Bombay plague: being a history of the progress of plague in the Bombay presidency from September 1896 to June 1899
Year: 1896
Disease focus: Plague
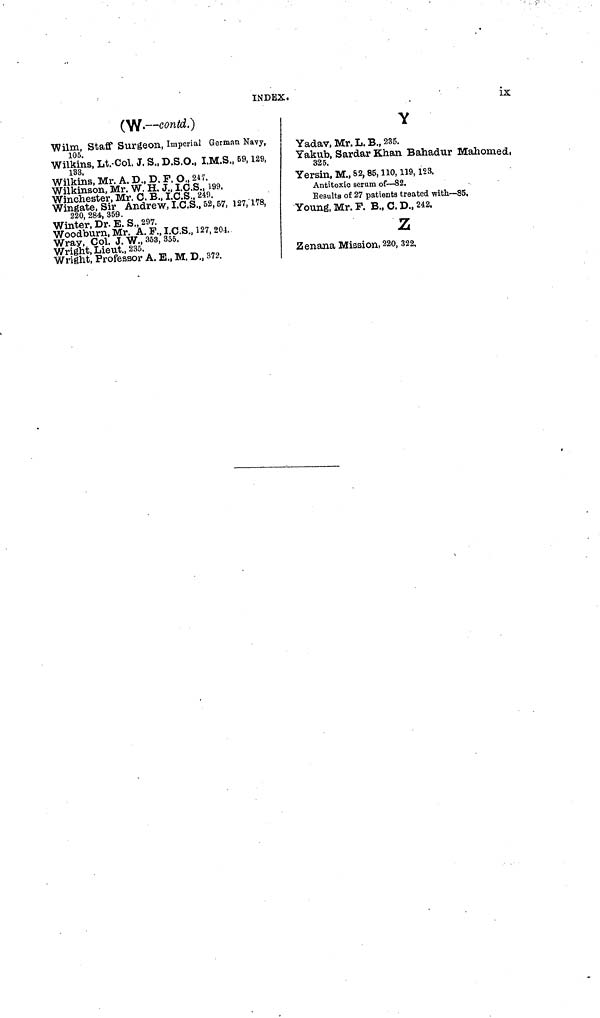
INDEX.
ix
(W.—contd.)
Wilm, Staff Surgeon, Imperial German Navy,
105.
Wilkins, Lt. Col. J. S., D.S.O., I.M.S., 59, 129,
133,
Wilkins, Mr. A. D., D. F. O., 247.
Wilkinson, Mr. W. H. J., I.C.S., 199.
Winchester, Mr. C. B., I.C.S., 249.
Wingate, Sir Andrew, I.C.S., 52, 57, 127, 178,
220, 284, 359.
Winter, Dr. E. S., 297.
Woodburn, Mr. A. F., I.C.S., 127, 204.
Wray, Col. J. W., 353, 355.
Wright, Lieut., 235.
Wright, Professor A. E., M. D., 372.
Y
Yadav, Mr. L. B., 235.
Yakub, Sardar Khan Bahadur Mahomed,
325.
Yersin, M., 82, 85, 110, 119, 123.
Antitoxic serum of—82.
Results of 27 patients treated with—85.
Young, Mr. F. B., C. D., 242.
Z
Zenana Mission, 220, 322.